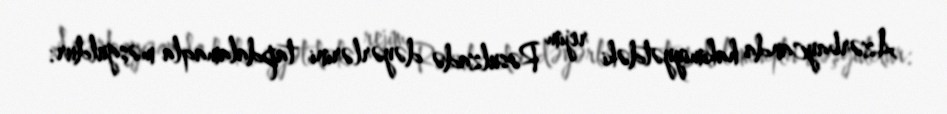
Azərbaycanda hakimiyyətdəki rejim Rəsulzadə dəyərlərini tapdalamaqla məşğuldur: